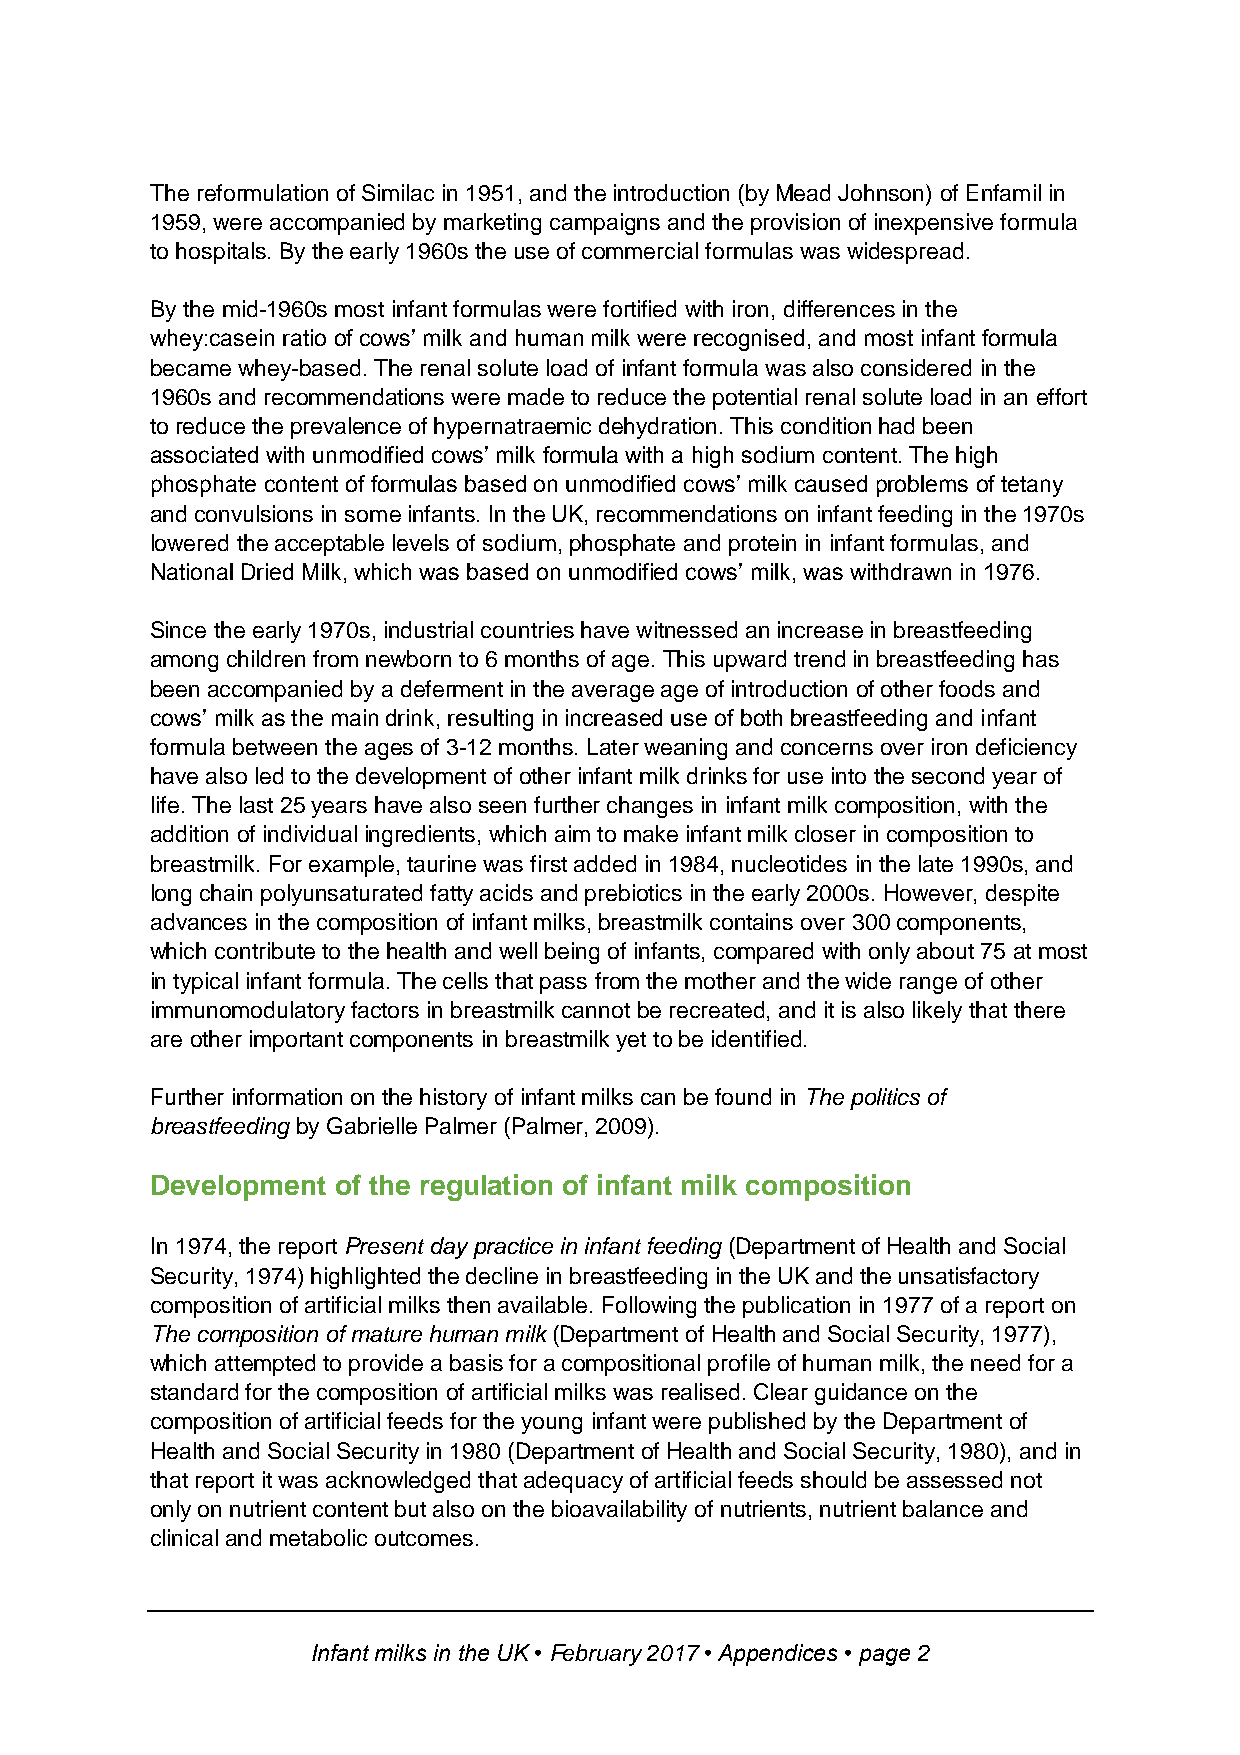
The reformulation of Similac in 1951, and the introduction (by Mead Johnson) of Enfamil in
 1959, were accompanied by marketing campaigns and the provision of inexpensive formula
 to hospitals. By the early 1960s the use of commercial formulas was widespread.
 By the mid-1960s most infant formulas were fortified with iron, differences in the
 whey:casein ratio of cows’ milk and human milk were recognised, and most infant formula
 became whey-based. The renal solute load of infant formula was also considered in the
 1960s and recommendations were made to reduce the potential renal solute load in an effort
 to reduce the prevalence of hypernatraemic dehydration. This condition had been
 associated with unmodified cows’ milk formula with a high sodium content. The high
 phosphate content of formulas based on unmodified cows’ milk caused problems of tetany
 and convulsions in some infants. In the UK, recommendations on infant feeding in the 1970s
 lowered the acceptable levels of sodium, phosphate and protein in infant formulas, and
 National Dried Milk, which was based on unmodified cows’ milk, was withdrawn in 1976.
 Since the early 1970s, industrial countries have witnessed an increase in breastfeeding
 among children from newborn to 6 months of age. This upward trend in breastfeeding has
 been accompanied by a deferment in the average age of introduction of other foods and
 cows’ milk as the main drink, resulting in increased use of both breastfeeding and infant
 formula between the ages of 3-12 months. Later weaning and concerns over iron deficiency
 have also led to the development of other infant milk drinks for use into the second year of
 life. The last 25 years have also seen further changes in infant milk composition, with the
 addition of individual ingredients, which aim to make infant milk closer in composition to
 breastmilk. For example, taurine was first added in 1984, nucleotides in the late 1990s, and
 long chain polyunsaturated fatty acids and prebiotics in the early 2000s. However, despite
 advances in the composition of infant milks, breastmilk contains over 300 components,
 which contribute to the health and well being of infants, compared with only about 75 at most
 in typical infant formula. The cells that pass from the mother and the wide range of other
 immunomodulatory factors in breastmilk cannot be recreated, and it is also likely that there
 are other important components in breastmilk yet to be identified.
 Further information on the history of infant milks can be found in The politics of
 breastfeeding by Gabrielle Palmer (Palmer, 2009).
 Development of the regulation of infant milk composition
 In 1974, the report Present day practice in infant feeding (Department of Health and Social
 Security, 1974) highlighted the decline in breastfeeding in the UK and the unsatisfactory
 composition of artificial milks then available. Following the publication in 1977 of a report on
 The composition of mature human milk (Department of Health and Social Security, 1977),
 which attempted to provide a basis for a compositional profile of human milk, the need for a
 standard for the composition of artificial milks was realised. Clear guidance on the
 composition of artificial feeds for the young infant were published by the Department of
 Health and Social Security in 1980 (Department of Health and Social Security, 1980), and in
 that report it was acknowledged that adequacy of artificial feeds should be assessed not
 only on nutrient content but also on the bioavailability of nutrients, nutrient balance and
 clinical and metabolic outcomes.
 Infant milks in the UK • February 2017 • Appendices • page 2